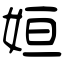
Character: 姮